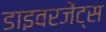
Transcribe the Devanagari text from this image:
डाइवरजेंट्स